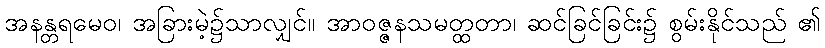
အနန္တရမေဝ၊ အခြားမဲ့၌သာလျှင်။ အာဝဇ္ဇနသမတ္ထတာ၊ ဆင်ခြင်ခြင်း၌ စွမ်းနိုင်သည် ၏